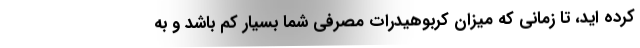
کرده اید، تا زمانی که میزان کربوهیدرات مصرفی شما بسیار کم باشد و به